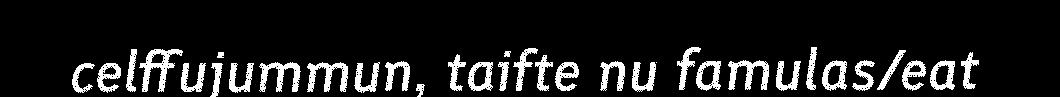
celffujummun, taifte nu famulas/eat